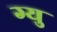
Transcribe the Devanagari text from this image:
ग्यु